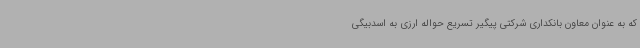
که به عنوان معاون بانکداری شرکتی پیگیر تسریع حواله ارزی به اسدبیگی